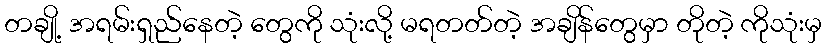
တချို့ အရမ်းရှည်နေတဲ့ တွေကို သုံးလို့ မရတတ်တဲ့ အချိန်တွေမှာ တိုတဲ့ ကိုသုံးမှ